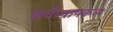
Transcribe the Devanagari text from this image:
सर्वव्यापकत्व